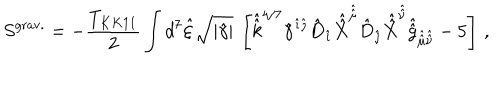
LaTeX: S ^ { \mathrm { g r a v . } } = - { \frac { T _ { K K 1 1 } } { 2 } } \int d ^ { 7 } \hat { \xi } \sqrt { | \hat { \gamma } | } \ \left[ \hat { \hat { k } } ^ { 4 / 7 } \hat { \gamma } ^ { \hat { \imath } \hat { \jmath } } \hat { D } _ { \hat { \imath } } \hat { \hat { X } } ^ { \hat { \hat { \mu } } } \hat { D } _ { \hat { \jmath } } \hat { \hat { X } } ^ { \hat { \hat { \nu } } } \hat { \hat { g } } _ { \hat { \hat { \mu } } \hat { \hat { \nu } } } - 5 \right] \, ,